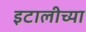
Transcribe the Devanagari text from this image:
इटालीच्या